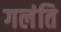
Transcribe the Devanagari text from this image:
गलंति